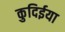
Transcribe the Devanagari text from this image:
कुदिईया